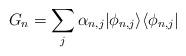
LaTeX: \begin{align*}G_n=\sum_j\alpha_{n,j}|\phi_{n,j}\rangle\langle\phi_{n,j}| \end{align*}